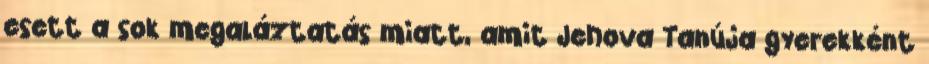
esett a sok megaláztatás miatt, amit Jehova Tanúja gyerekként